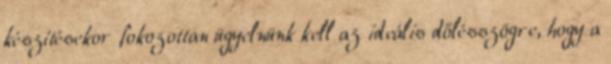
készítésekor fokozottan ügyelnünk kell az ideális dőlésszögre, hogy a